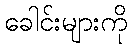
ခေါင်းများကို